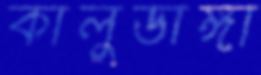
কালুডাঙ্গা